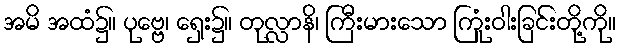
အမိ အထံ၌။ ပုဗ္ဗေ၊ ရှေး၌။ တုလ္လာနိ၊ ကြီးမားသော ကြုံးဝါးခြင်းတို့ကို။